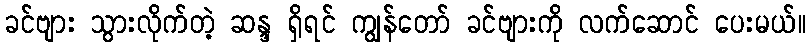
ခင်ဗျား သွားလိုက်တဲ့ ဆန္ဒ ရှိရင် ကျွန်တော် ခင်ဗျားကို လက်ဆောင် ပေးမယ်။